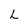
Character: L